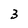
Character: 3